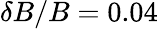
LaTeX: \delta B/B=0.04\